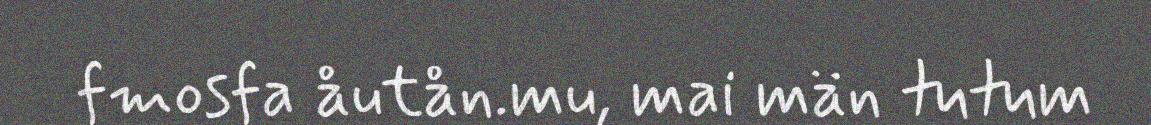
fmosfa åutån.mu, mai män tutum